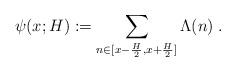
LaTeX: \begin{align*} \psi(x;H):= \sum_{n\in[x-\frac H2,x+\frac H2]} \Lambda(n) \;.\end{align*}